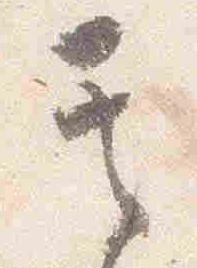
其